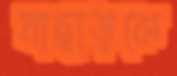
বাছাড়কে